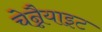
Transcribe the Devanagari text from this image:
चेन्नैयाइट